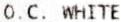
O.C. WHITE